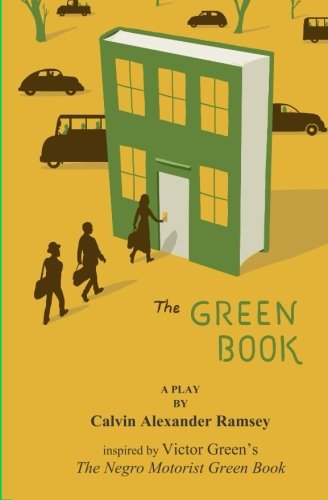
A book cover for The Green Book: A Play; Calvin Alexander Ramsey Sr.; Literature & Fiction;